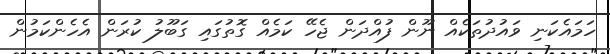
ހަމައެކަނި ވައުދުތަކެއް ނޫން ފުއްދަން ޖެހޭ ކަމެއް ގޮތުގައި ގަބޫލު ކުރަން އެހެންކަމުން